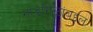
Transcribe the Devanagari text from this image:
गाडगिळांबद्दल